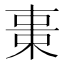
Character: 𣒚